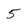
Character: 5